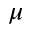
\mu